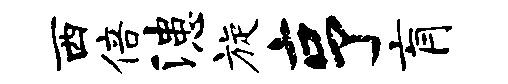
西倍漶旋亨肓